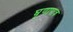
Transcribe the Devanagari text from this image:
घृणापात्र